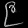
Digit: ၉